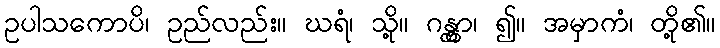
ဥပါသကောပိ၊ ဥည်လည်း။ ဃရံ၊ သို့။ ဂန္တွာ၊ ၍။ အမှာကံ၊ တို့၏။